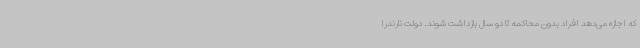
که اجازه می‌دهد افراد بدون محاکمه تا دو سال بازداشت شوند. دولت نارندرا